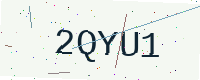
Text: 2QYU1